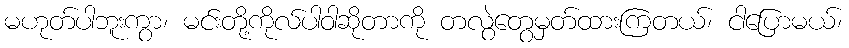
မဟုတ်ပါဘူးကွာ၊ မင်းတို့ကိုလ်ပါဝါဆိုတာကို တလွဲတွေမှတ်ထားကြတယ်၊ ငါပြောမယ်၊